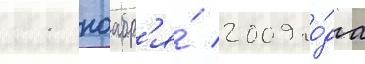
11 ноабр'я́ 2009 го́да